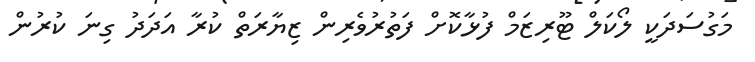
މަގުސަދަކީ ލޯކަލް ޓޫރިޒަމް ފުޅާކޮށް ފަތުރުވެރިން ޒިޔާރަތް ކުރާ އަދަދު ގިނަ ކުރުން